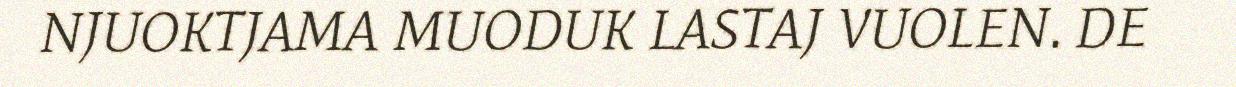
NJUOKTJAMA MUODUK LASTAJ VUOLEN. DE